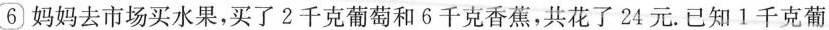
6 妈妈去市场买水果，买了2千克葡萄和6千克香蕉，共花了24元。已知1千克葡